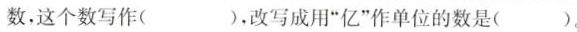
数，这个数写作()，改写成用”亿”作单位的数是()。